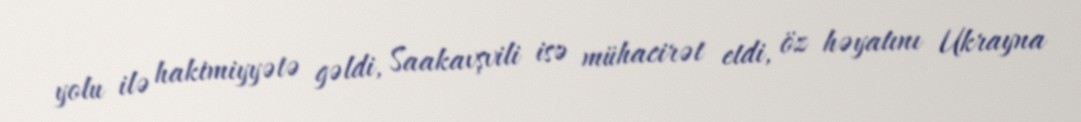
yolu ilə hakimiyyətə gəldi, Saakavşvili isə mühacirət etdi, öz həyatını Ukrayna